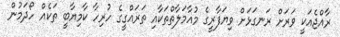
ރާއްޖެއަކީ ވަރަށް ރަނގަޅަށް ވިޔަފާރީގެ މުއާމަލާތްތަކާއި ތަރައްގީގެ ހުރިހާ ކާމިޔާބީ ތަކެއް ހޯދަމުން